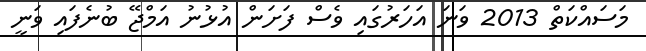
މަސައްކަތް 2013 ވަނަ އަހަރުގައި ވެސް ފަށަން އުޅުނު އަމްޖޭ ބުނެފައި ވަނީ